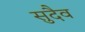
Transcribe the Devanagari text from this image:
सुदैव